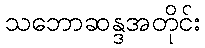
သဘောဆန္ဒအတိုင်း